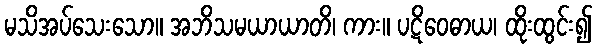
မသိအပ်သေးသော။ အဘိသမယာယာတိ၊ ကား။ ပဋိဝေဓာယ၊ ထိုးထွင်း၍